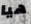
هيا